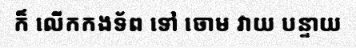
ក៏ លើកកងទ័ព ទៅ ចោម វាយ បន្ទាយ